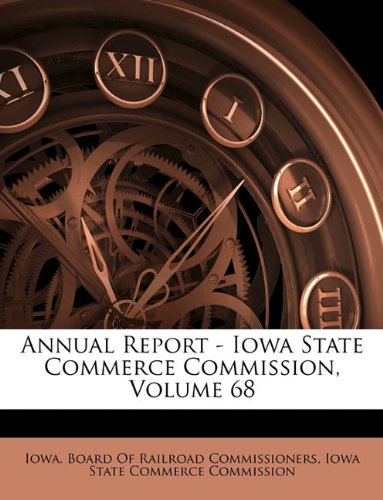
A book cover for Annual Report - Iowa State Commerce Commission, Volume 68; Law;